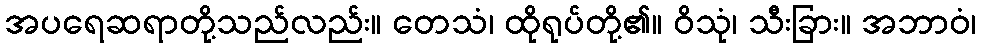
အပရေဆရာတို့သည်လည်း။ တေသံ၊ ထိုရုပ်တို့၏။ ဝိသုံ၊ သီးခြား။ အဘာဝံ၊